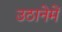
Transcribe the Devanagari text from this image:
उठानेमें